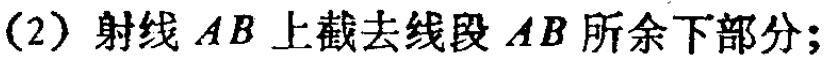
(2) 射线 \(AB\) 上截去线段 \(AB\) 所余下部分;